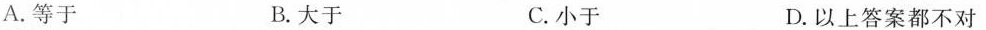
A.等于 B.大于 C.小于 D.以上答案都不对